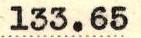
133.65